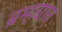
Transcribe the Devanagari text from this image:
ब्रम्हद्यान